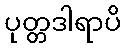
ပုတ္တဒါရာပိ